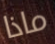
ماذا